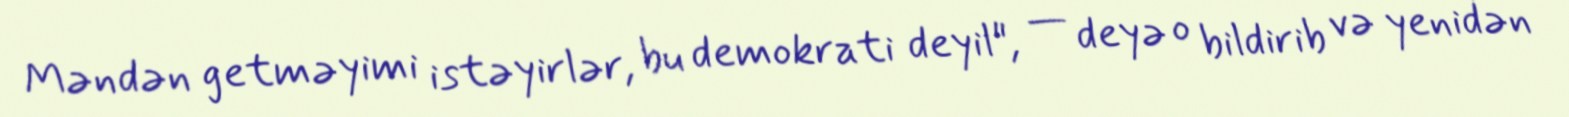
Məndən getməyimi istəyirlər, bu demokrati deyil", — deyə o bildirib və yenidən